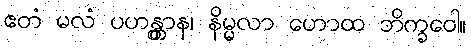
ဧတံ မလံ ပဟန္တွာန၊ နိမ္မလာ ဟောထ ဘိက္ခဝေါ။